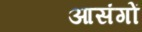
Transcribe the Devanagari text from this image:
आसंगों